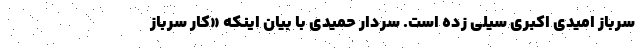
سرباز امیدی اکبری سیلی زده است. سردار حمیدی با بیان اینکه «کار سرباز